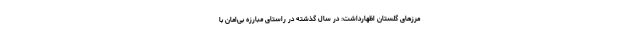
مرزهای گلستان اظهارداشت: در سال گذشته در راستای مبارزه بی‌امان با